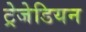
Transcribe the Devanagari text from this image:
ट्रेजेडियन